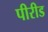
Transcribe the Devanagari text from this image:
पीरीड